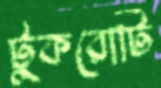
টুকরোটি